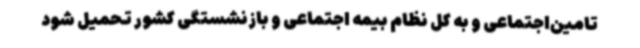
تامین‌اجتماعی و به کل نظام بیمه اجتماعی و بازنشستگی کشور تحمیل شود